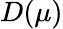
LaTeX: D(\mu)